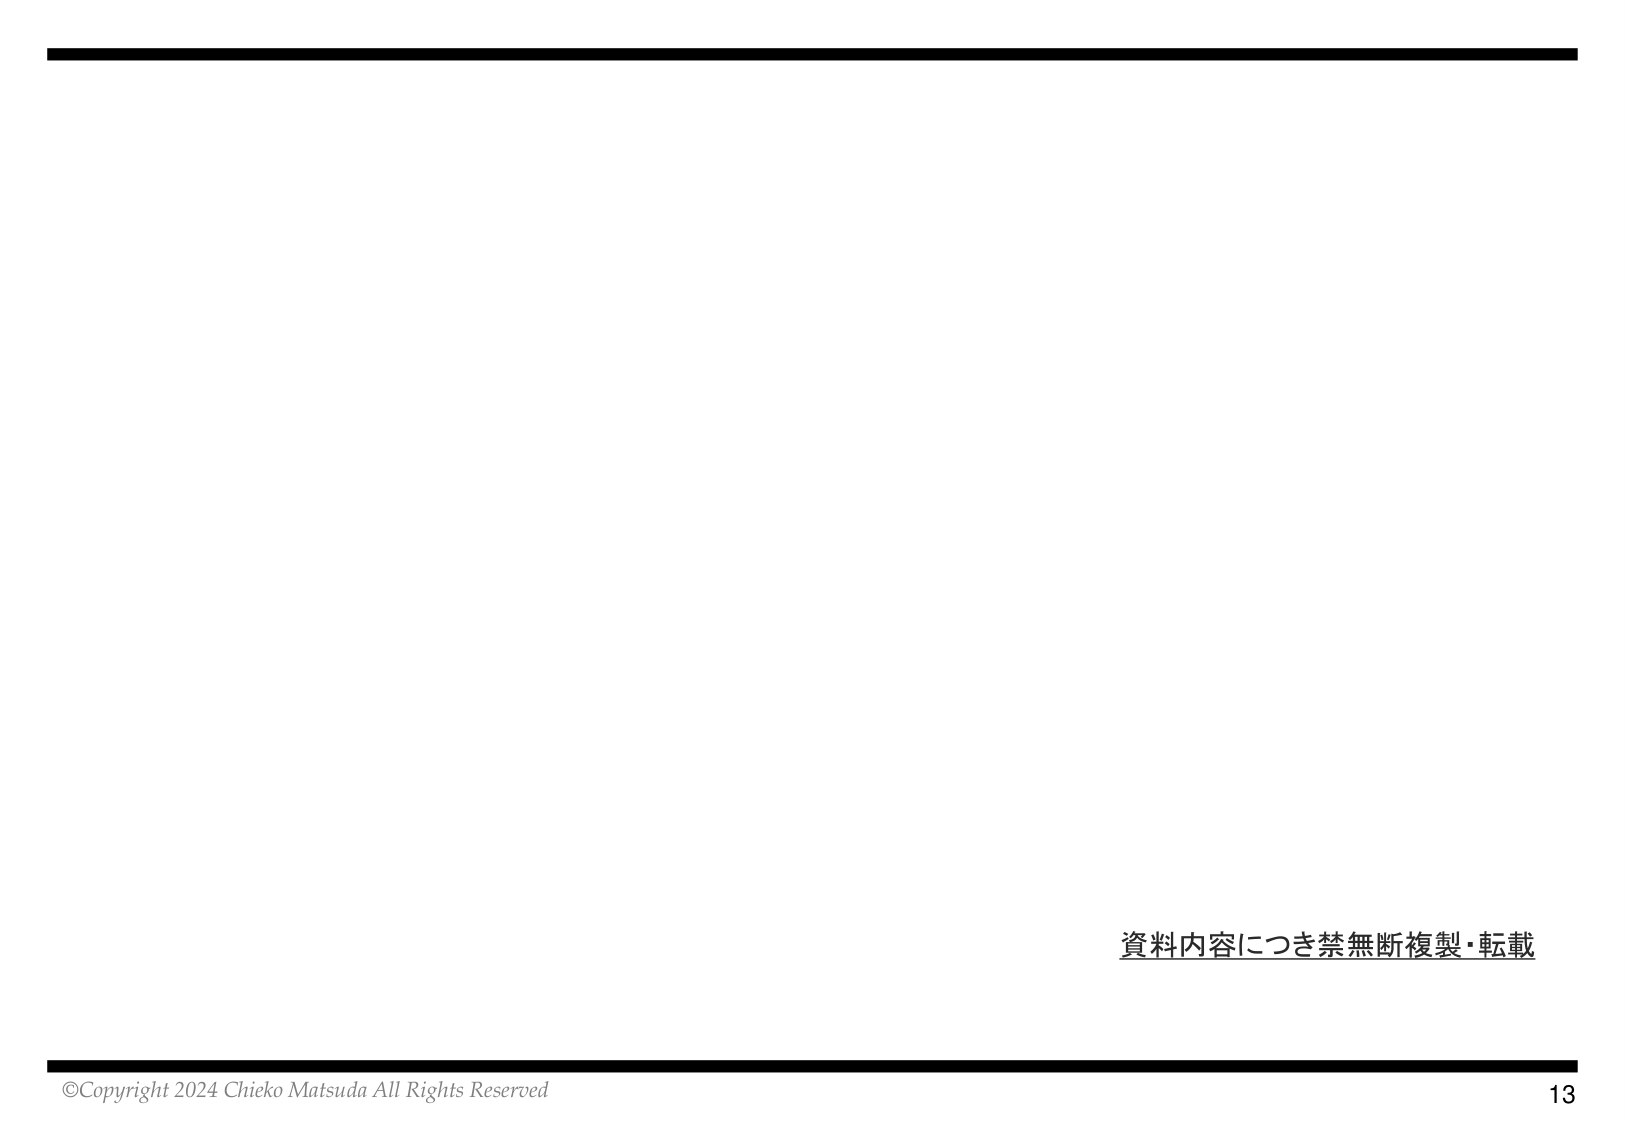
資料内容につき禁無断複製・転載
©Copyright 2024 Chieko Matsuda All Rights Reserved
13